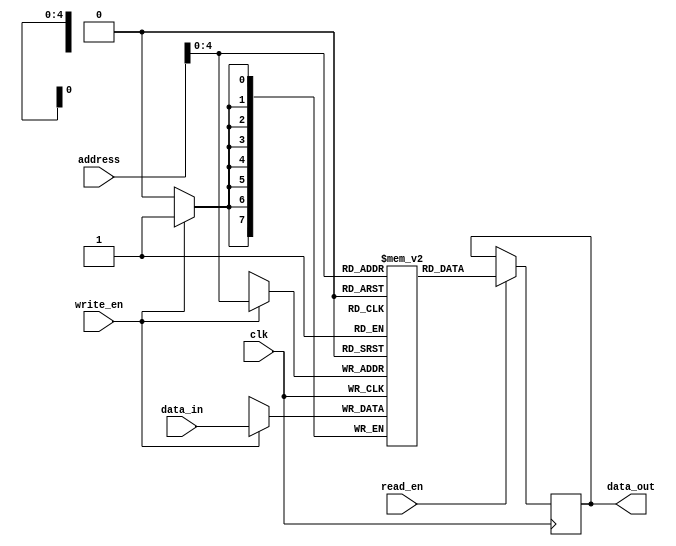
module register_file(
  input wire clk,
  input wire [7:0] address,
  input wire [7:0] data_in,
  input wire write_en,
  input wire read_en,
  output reg [7:0] data_out
);

  reg [7:0] registers [31:0];

  always @(posedge clk) begin
    if(write_en)
      registers[address] <= data_in;
    if(read_en)
      data_out <= registers[address];
  end

endmodule